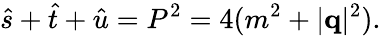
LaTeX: \hat{s}+\hat{t}+\hat{u}=P^{2}=4(m^{2}+\vert{\mathbf q}\vert^{2}).